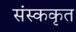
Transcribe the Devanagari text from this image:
संस्ककृत